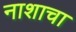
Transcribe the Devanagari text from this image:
नाशाचा